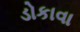
ડોકાવા